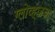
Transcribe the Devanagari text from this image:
ग्लोव्ह्जचा